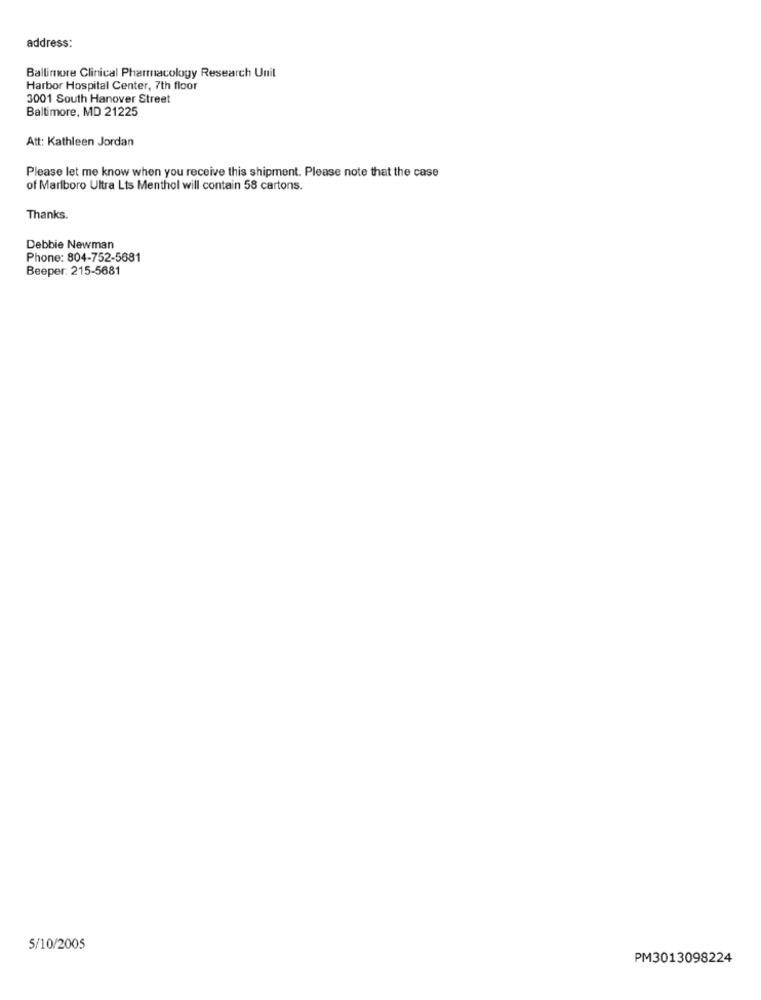
address:
Ballimore Clinical Pharmacology Research Unit
Harbor Hospital Center, 7th floor
3001 South Hanover Street
Baltimore, MD 21225
Att: Kathleen Jordan
Please let me know when you receive this shipment. Please note that the case
of Marlboro Ultra Lts Menthol will contain 58 cartons.
Thanks.
Debbie Newman
Phone: 804-752-5681
Beeper: 215-5681
5/10/2005
PM3013098224